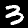
Label: 3